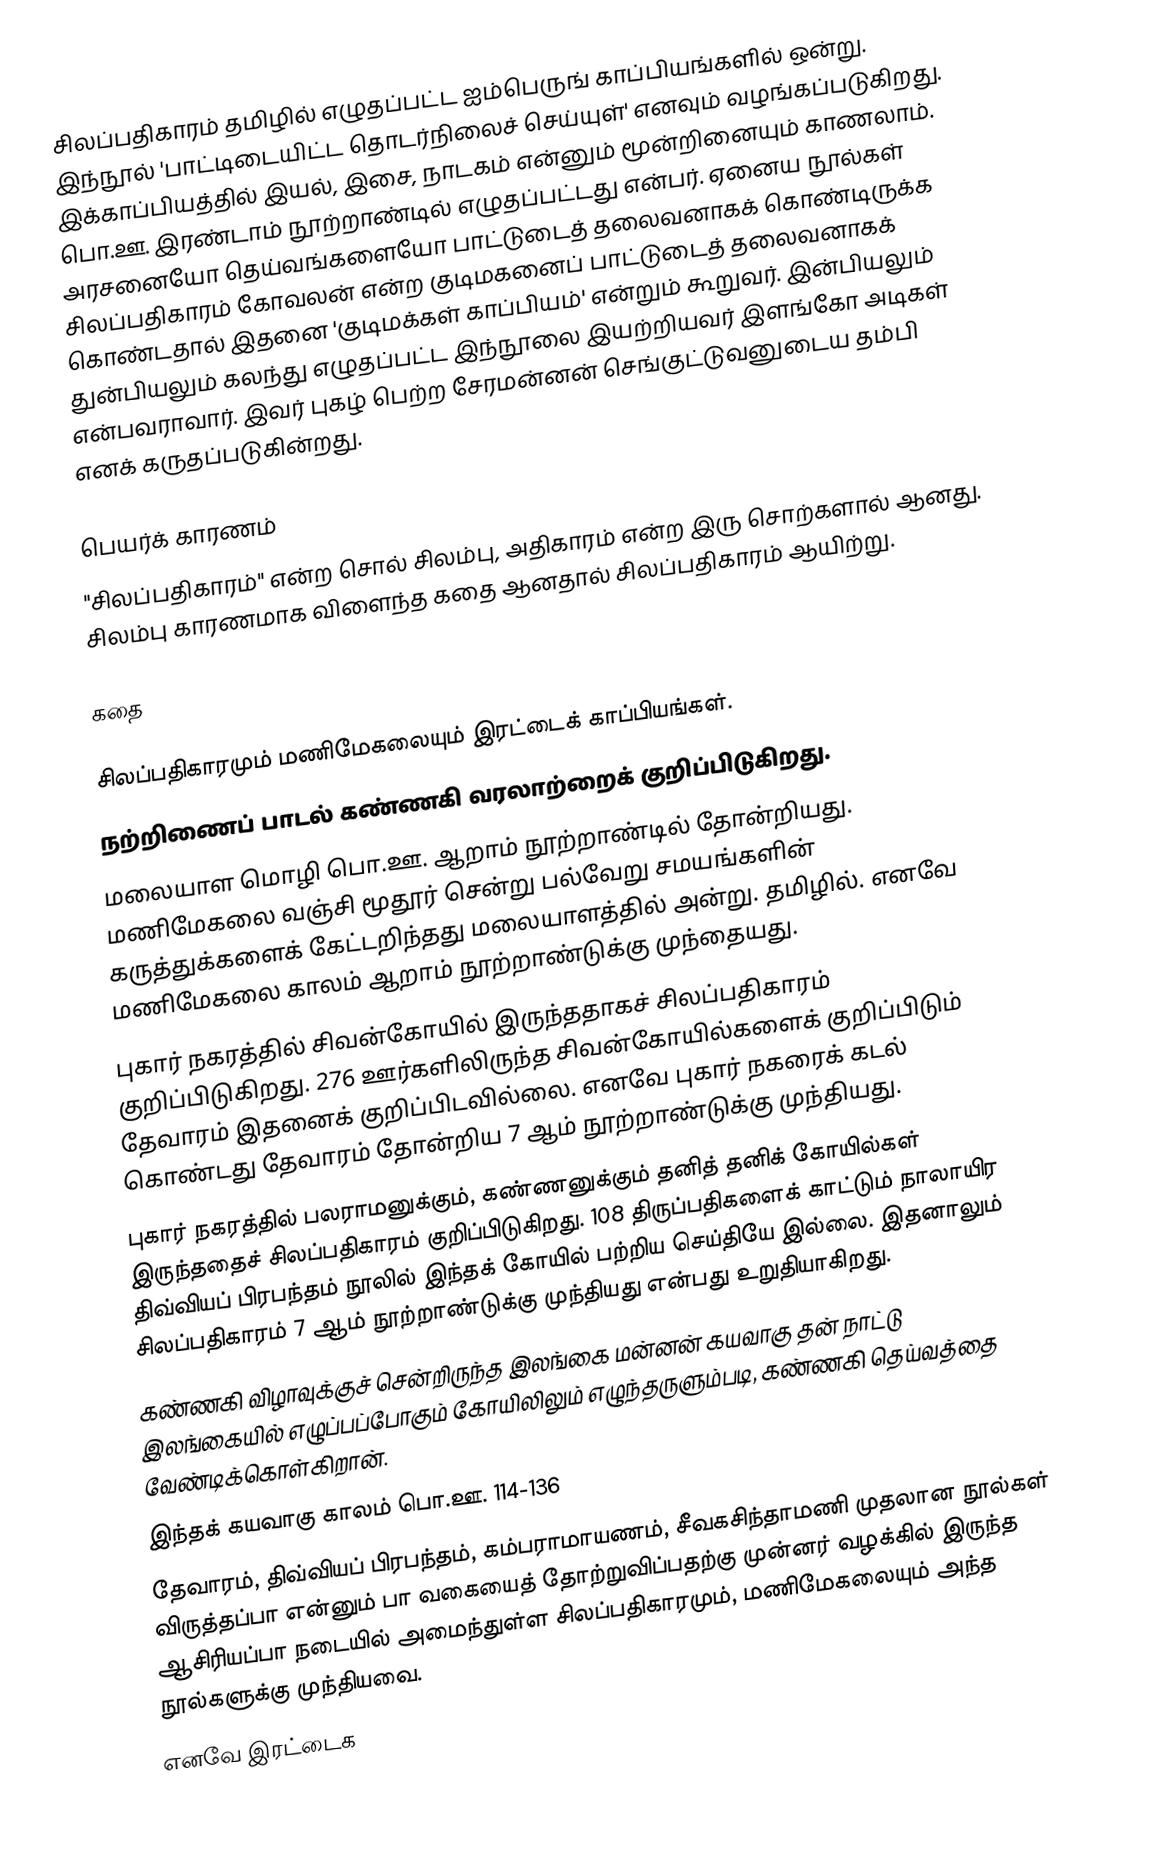
சிலப்பதிகாரம் தமிழில் எழுதப்பட்ட ஐம்பெருங் காப்பியங்களில் ஒன்று. இந்நூல் 'பாட்டிடையிட்ட தொடர்நிலைச் செய்யுள்' எனவும் வழங்கப்படுகிறது. இக்காப்பியத்தில் இயல், இசை, நாடகம்  என்னும் மூன்றினையும் காணலாம். பொ.ஊ. இரண்டாம் நூற்றாண்டில் எழுதப்பட்டது என்பர். ஏனைய நூல்கள் அரசனையோ தெய்வங்களையோ பாட்டுடைத் தலைவனாகக் கொண்டிருக்க சிலப்பதிகாரம் கோவலன் என்ற குடிமகனைப் பாட்டுடைத் தலைவனாகக் கொண்டதால் இதனை 'குடிமக்கள் காப்பியம்' என்றும் கூறுவர். இன்பியலும் துன்பியலும் கலந்து எழுதப்பட்ட இந்நூலை இயற்றியவர் இளங்கோ அடிகள் என்பவராவார். இவர் புகழ் பெற்ற சேரமன்னன் செங்குட்டுவனுடைய தம்பி எனக் கருதப்படுகின்றது.

பெயர்க் காரணம்
"சிலப்பதிகாரம்" என்ற சொல் சிலம்பு, அதிகாரம் என்ற இரு சொற்களால் ஆனது. சிலம்பு காரணமாக விளைந்த கதை ஆனதால் சிலப்பதிகாரம் ஆயிற்று.

கதை

சிலப்பதிகாரமும் மணிமேகலையும் இரட்டைக் காப்பியங்கள்.
நற்றிணைப் பாடல் கண்ணகி வரலாற்றைக் குறிப்பிடுகிறது.
மலையாள மொழி பொ.ஊ. ஆறாம் நூற்றாண்டில் தோன்றியது. மணிமேகலை வஞ்சி மூதூர் சென்று பல்வேறு சமயங்களின் கருத்துக்களைக் கேட்டறிந்தது மலையாளத்தில் அன்று. தமிழில். எனவே மணிமேகலை காலம் ஆறாம் நூற்றாண்டுக்கு முந்தையது.
புகார் நகரத்தில் சிவன்கோயில் இருந்ததாகச் சிலப்பதிகாரம் குறிப்பிடுகிறது. 276 ஊர்களிலிருந்த சிவன்கோயில்களைக் குறிப்பிடும் தேவாரம் இதனைக் குறிப்பிடவில்லை. எனவே புகார் நகரைக் கடல் கொண்டது தேவாரம் தோன்றிய 7 ஆம் நூற்றாண்டுக்கு முந்தியது.
புகார் நகரத்தில் பலராமனுக்கும், கண்ணனுக்கும் தனித் தனிக் கோயில்கள் இருந்ததைச் சிலப்பதிகாரம் குறிப்பிடுகிறது. 108 திருப்பதிகளைக் காட்டும் நாலாயிர திவ்வியப் பிரபந்தம் நூலில் இந்தக் கோயில் பற்றிய செய்தியே இல்லை. இதனாலும் சிலப்பதிகாரம் 7 ஆம் நூற்றாண்டுக்கு முந்தியது என்பது உறுதியாகிறது.
கண்ணகி விழாவுக்குச் சென்றிருந்த இலங்கை மன்னன் கயவாகு தன் நாட்டு இலங்கையில் எழுப்பப்போகும் கோயிலிலும் எழுந்தருளும்படி, கண்ணகி தெய்வத்தை வேண்டிக்கொள்கிறான்.
இந்தக் கயவாகு காலம் பொ.ஊ. 114-136
 தேவாரம், திவ்வியப் பிரபந்தம், கம்பராமாயணம், சீவகசிந்தாமணி முதலான நூல்கள் விருத்தப்பா என்னும் பா வகையைத் தோற்றுவிப்பதற்கு முன்னர் வழக்கில் இருந்த ஆசிரியப்பா  நடையில் அமைந்துள்ள சிலப்பதிகாரமும், மணிமேகலையும் அந்த நூல்களுக்கு முந்தியவை.
எனவே இரட்டைக